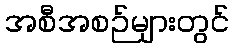
အစီအစဉ်များတွင်